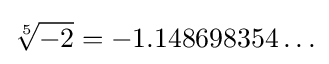
{\sqrt[{5}]{-2}}=-1.148698354\ldots